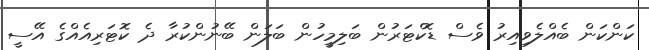
ކަންކަން ބެއްލެވިއިރު ވެސް ޑޮކްޓަރުން ބަލިމީހުން ބަލަން ބޭނުންކުރާ ދެ ކޮޓަރިއެއްގެ އޭސީ